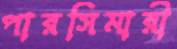
পারসিমারী